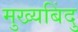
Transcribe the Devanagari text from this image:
मुख्यबिंदु